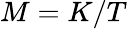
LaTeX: M=K/T